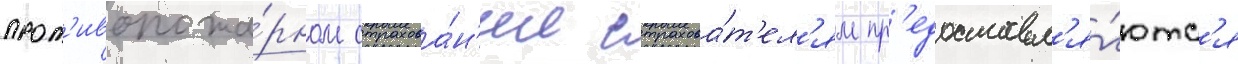
прот'ивопожа́рном страхова́н'ии страхова́т'ел'ям пр'едоставл'я́ютс'я